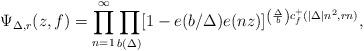
LaTeX: \begin{align*}\Psi_{\Delta,r}(z,f) = \prod_{n =1}^{\infty}\prod_{b(\Delta)}[1-e(b/\Delta)e(nz)]^{\left(\frac{\Delta}{b}\right)c_{f}^{+}(|\Delta|n^{2},rn)},\end{align*}